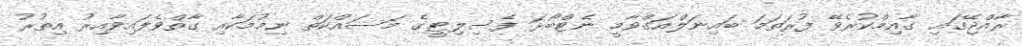
ރާއްޖޭގައި ގާއިމްކުރެވޭ ފުރަތަމަ ބައިނަލްއަގްވާމީ ނެޓްބޯޅަ ފެސިލިޓީގެ މަސައްކަތް ނިމުމަކާއި ގާތްވެފައިވާއިރު އިތުރު